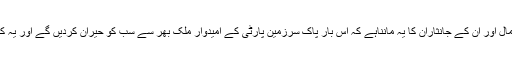
ایسے میں25جولائی 2018ء کے انتخابات کی آمد آمد ہے ،سیّد مصطفی کمال اور ان کے جانثاران کا یہ مانناہے کہ اس بار پاک سرزمین پارٹی کے امیدوار ملک بھر سے سب کو حیران کردیں گے اور یہ کہ سندھ میں اس بار وزیراعلیٰ بھی پاک سرزمین پارٹی سے ہی منتخب ہوگا۔